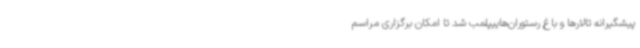
پیشگیرانه تالارها و باغ رستوران‌هاییپلمب شد تا امکان برگزاری مراسم